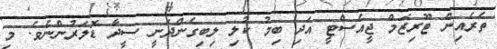
ތެރެއިން ޓޫރިޒަމް ޖީއެސްޓީ އަދި ބިމު ކުލި ލިބިގެންދަނީ ސީދާ ޑޮލަރުންނެވެ. މި